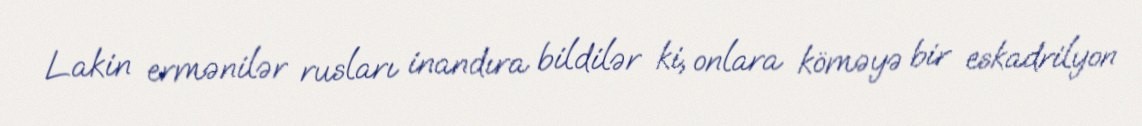
Lakin ermənilər rusları inandıra bildilər ki, onlara köməyə bir eskadrilyon